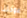
عودتنا